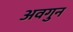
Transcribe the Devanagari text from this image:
अवगुन